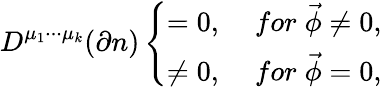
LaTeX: D^{\mu_{1}\cdot\cdot\cdot\mu_{k}}(\partial n)\left\{ \begin{array}{cc}{{=0,}}&{{\; for\; \vec{\phi}\neq 0,}}\\ {{\neq 0,}}&{{\; for\; \vec{\phi}=0,}}\end{array}\right.